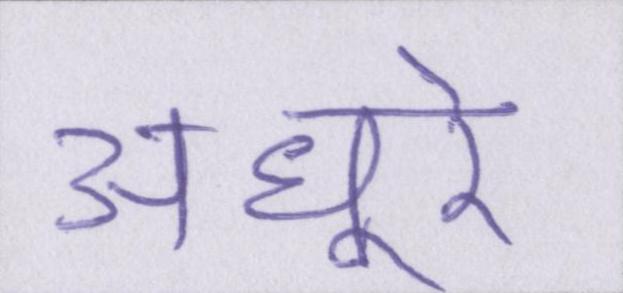
अधूरे